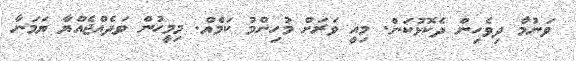
ވަނުމާ ދިވެހިން ދެކޮޅުކަން. މިއީ ވަރަށް މުހިންމު ކަމެއް. މިމީހުން ވަދެއްޖެއްޔާ ޔަމަނާ